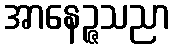
အာနေဉ္ဇသညာ